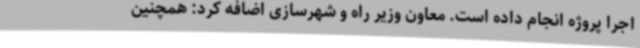
اجرا پروژه انجام داده است. معاون وزیر راه و شهرسازی اضافه کرد: همچنین